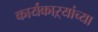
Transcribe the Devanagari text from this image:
कार्यकाऱ्यांच्या